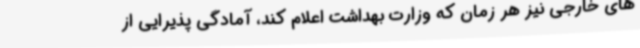
های خارجی نیز هر زمان که وزارت بهداشت اعلام کند، آمادگی پذیرایی از